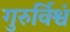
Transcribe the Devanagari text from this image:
गुरुर्विश्वं